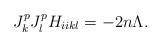
LaTeX: \begin{align*}J^{p}_{k}J^{p}_{l}H_{iikl} = - 2n \Lambda.\end{align*}